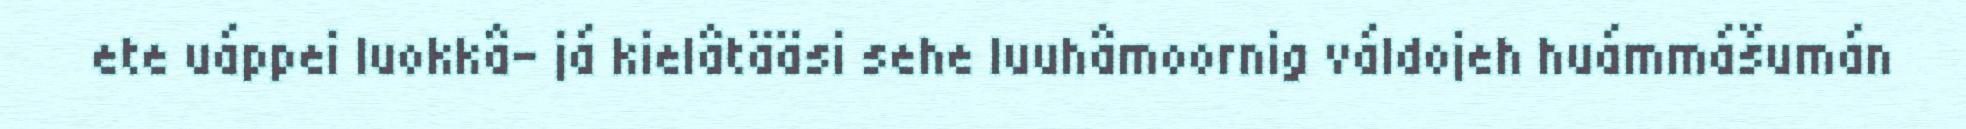
ete uáppei luokkâ- já kielâtääsi sehe luuhâmoornig váldojeh huámmášumán